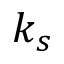
k _ { s }